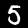
Digit: 5